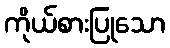
ကိုယ်စားပြုသော